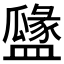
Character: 𥂻